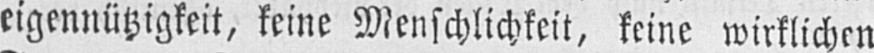
eigennützigkeit, seine Menschlichkeit, seine wirklichen